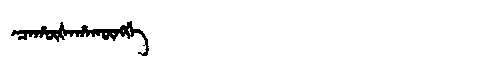
Manchu: ᠴᠠᡥᡡᡧᠠᡥᠠᡴᡡᠩᡤᡝ
Romanization: CAHŪŠAHAKŪNGGE